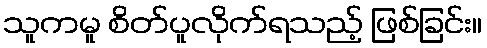
သူကမူ စိတ်ပူလိုက်ရသည့် ဖြစ်ခြင်း။